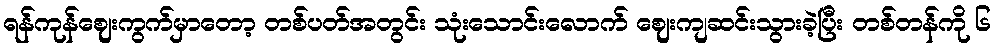
ရန်ကုန်ဈေးကွက်မှာတော့ တစ်ပတ်အတွင်း သုံးသောင်းလောက် ဈေးကျဆင်းသွားခဲ့ပြီး တစ်တန်ကို ၆